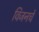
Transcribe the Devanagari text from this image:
विजनचे